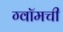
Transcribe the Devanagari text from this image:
ग्वॉमची